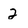
Character: 2